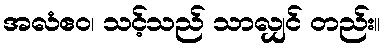
အလံဧဝ၊ သင့်သည် သာလျှင် တည်း။